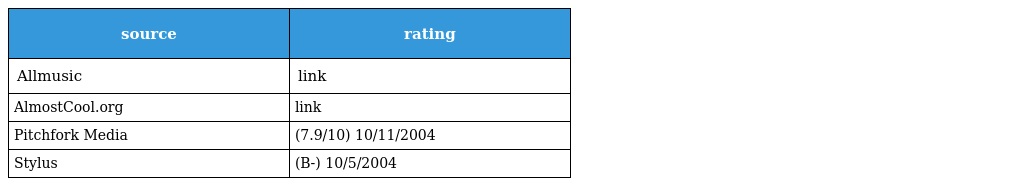
| source | rating |
 | --- | --- |
 | Allmusic | link |
 | AlmostCool.org | link |
 | Pitchfork Media | (7.9/10) 10/11/2004 |
 | Stylus | (B-) 10/5/2004 |